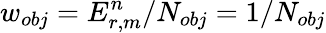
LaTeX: w_{obj}=E_{r,m}^{n}/N_{obj}=1/N_{obj}